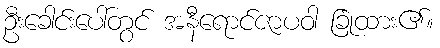
ဦးခေါင်းပေါ်တွင် အနီရောင်ဇာပဝါ ခြုံထား၏။